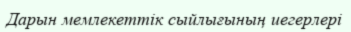
Дарын мемлекеттік сыйлығының иегерлері